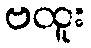
ဗထူး